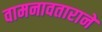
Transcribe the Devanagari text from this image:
वामनावताराने